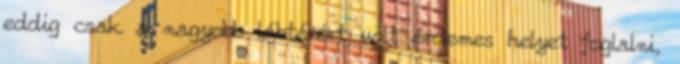
eddig csak a nagyobb lábtérért volt érdemes helyet foglalni,